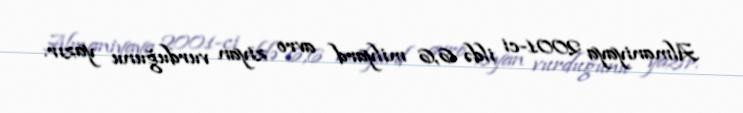
Almaniyaya 2001-ci ildə 6,6 milyard avro ziyan vurduğunu yazır.